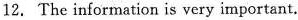
12. The information is very important.